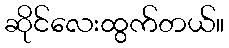
ဆိုင်လေးထွက်တယ်။